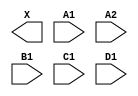
module sky130_fd_sc_hs__o2111a (
    X ,
    A1,
    A2,
    B1,
    C1,
    D1
);

    output X ;
    input  A1;
    input  A2;
    input  B1;
    input  C1;
    input  D1;

    // Voltage supply signals
    supply1 VPWR;
    supply0 VGND;

endmodule